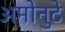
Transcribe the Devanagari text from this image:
अमोनुटे